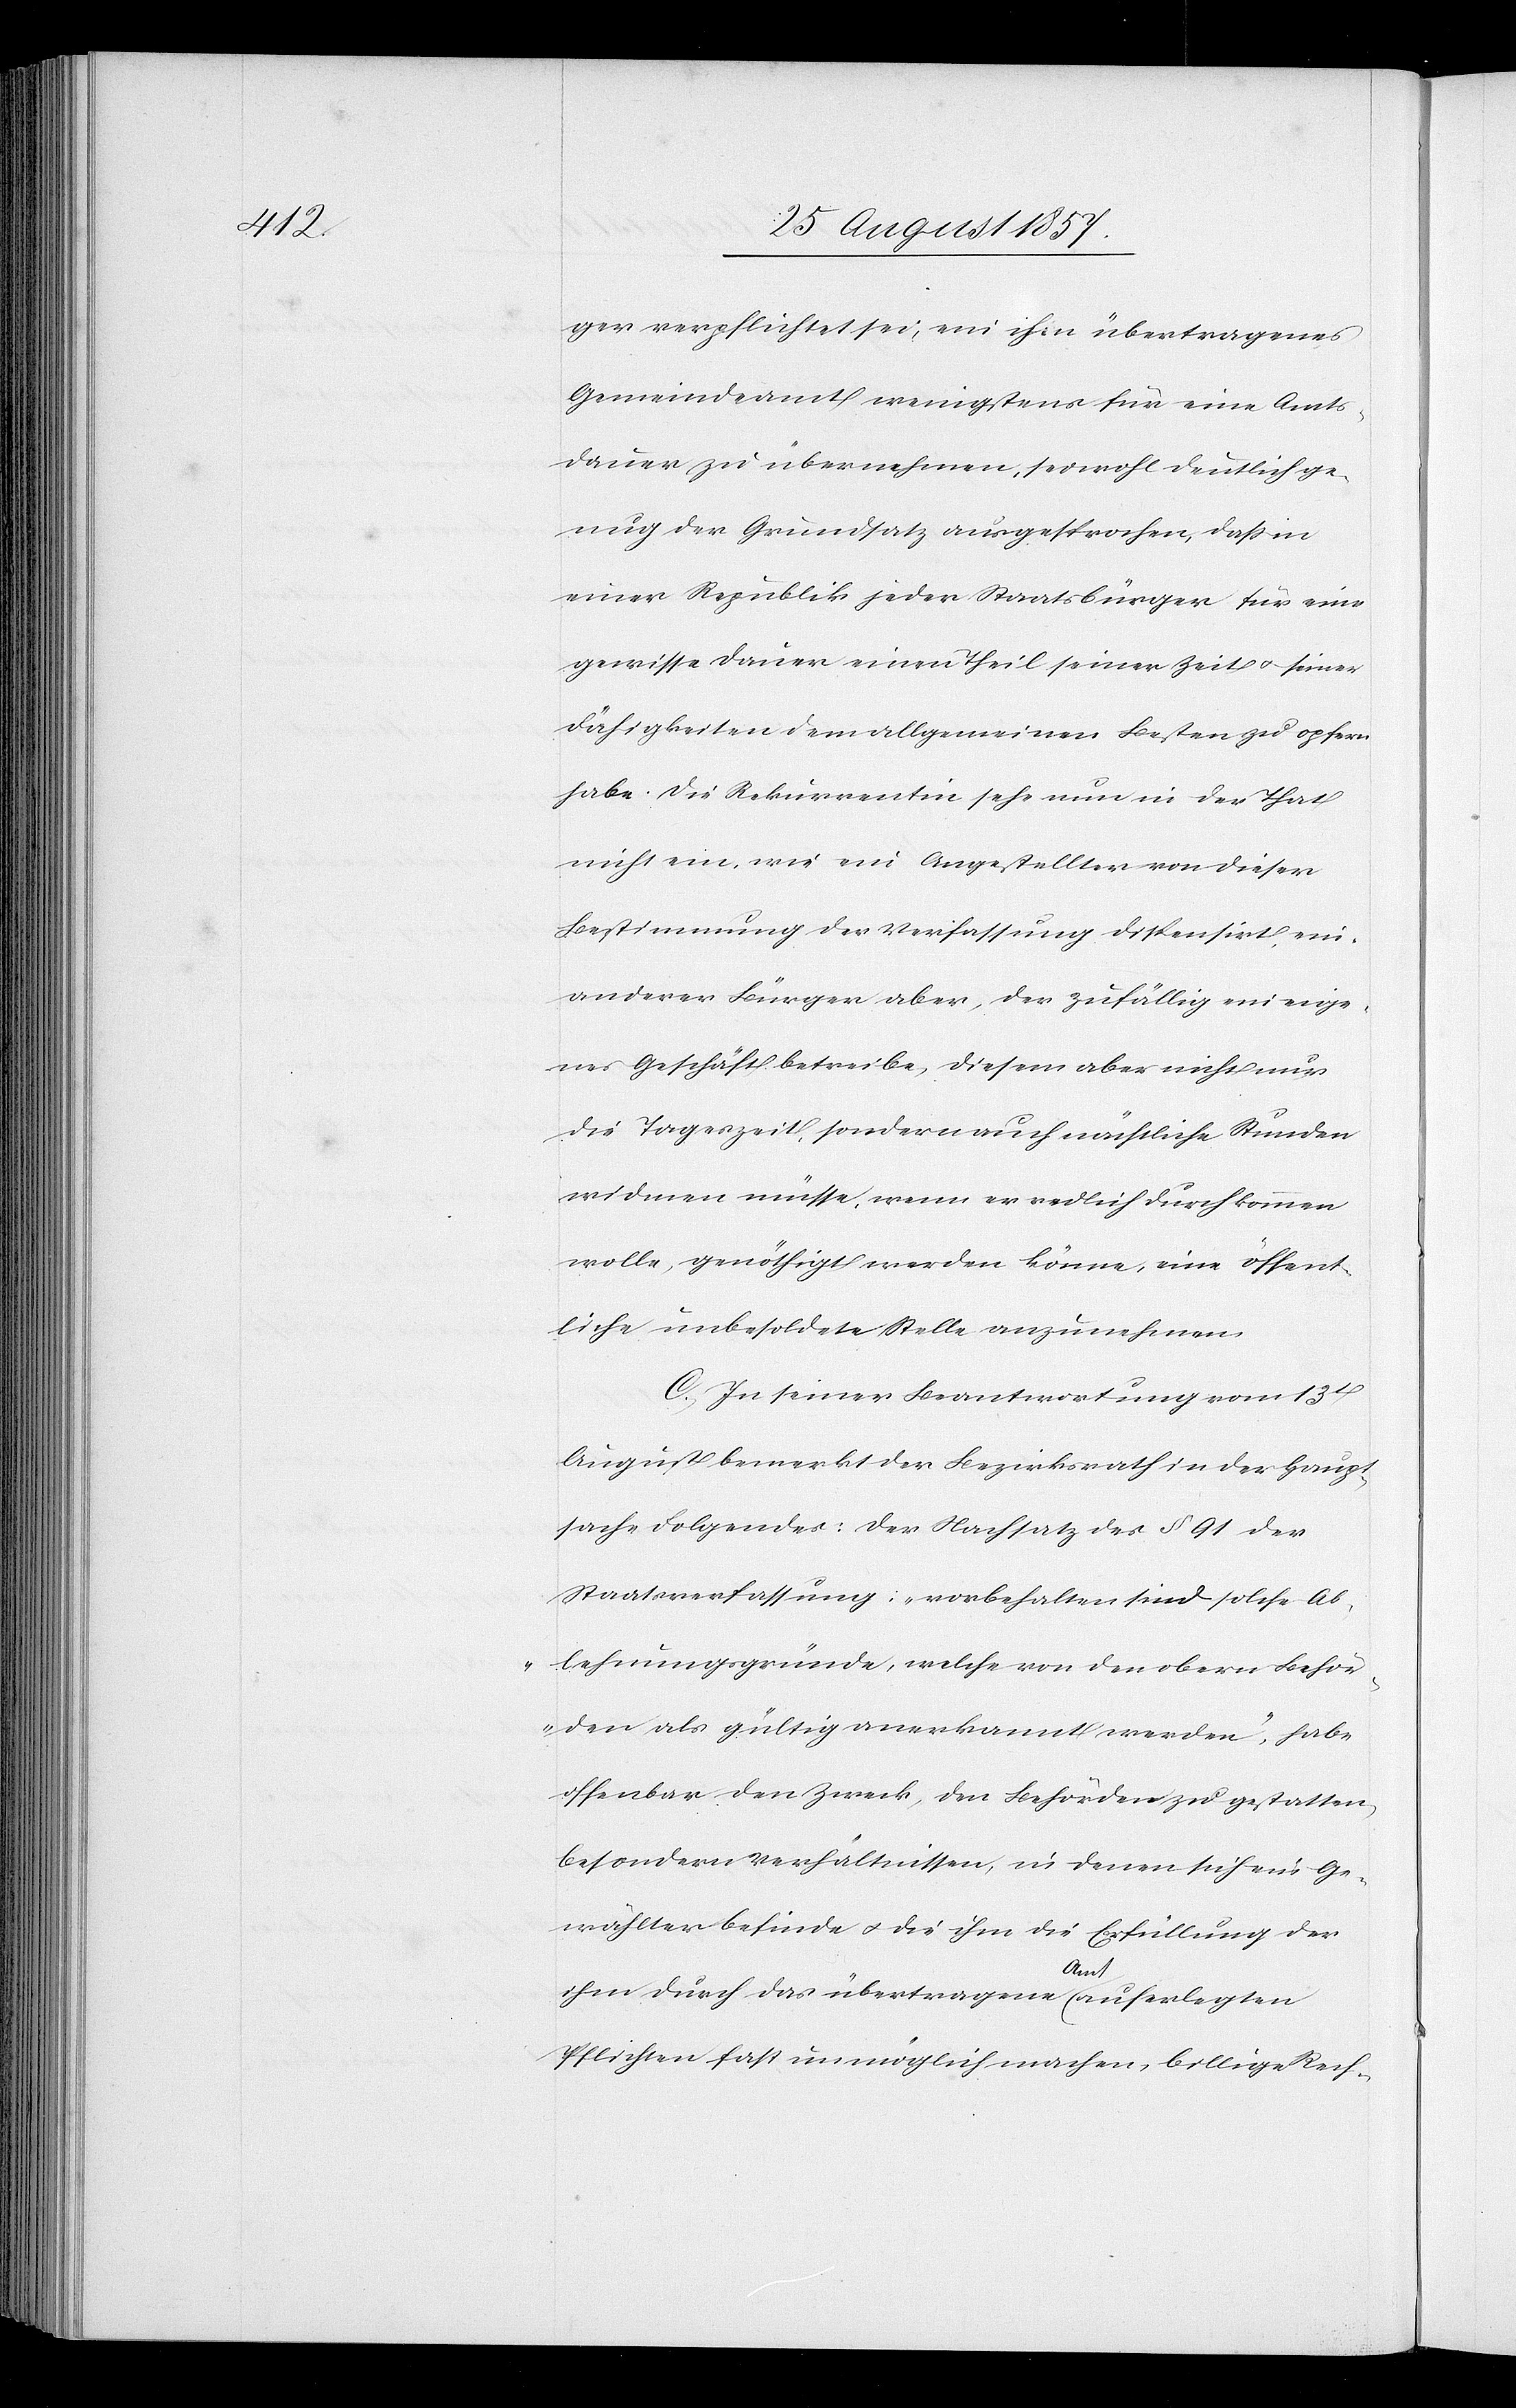
ger verpflichtet sei, ein ihm übertragenes
Gemeindamt wenigstens für eine Amts¬
dauer zu übernehmen, sei wohl deutlich ge¬
nug der Grundsatz ausgesprochen, daß in
einer Republik jeder Staatsbürger für eine
gewisse Dauer einen Theil seiner Zeit & seiner
Fähigkeiten dem allgemeinen Besten zu opfern
habe. Die Rekurrentin sehe nun in der That
nicht ein, wie ein Angestellter von dieser
Bestimmung der Verfassung dispensirt, ein
anderer Bürger aber, der zufällig ein eige¬
nes Geschäft betreibe, diesem aber nicht nur
die Tageszeit, sondern auch nächtliche Stunden
widmen müsse, wenn er redlich durchkommen
wolle, genöthigt werden könne, eine öffent¬
liche unbesoldete Stelle anzunehmen.
C. In seiner Beantwortung vom 13t
August bemerkt der Bezirksrath in der Haupt¬
sache Folgendes: Der Nachsatz des § 91 der
Staatsverfassung: „vorbehalten sind solche Ab¬
lehnungsgründe, welche von den obern Behör¬
den als gültig anerkannt werden“, habe
offenbar den Zweck, den Behörden zu gestatten,
besondern Verhältnissen, in denen sich ein Ge¬
wählter befinde & die ihm die Erfüllung der
ihm durch das übertragene Amt auferlegten
Pflichten fast unmöglich machen, billige Rech-